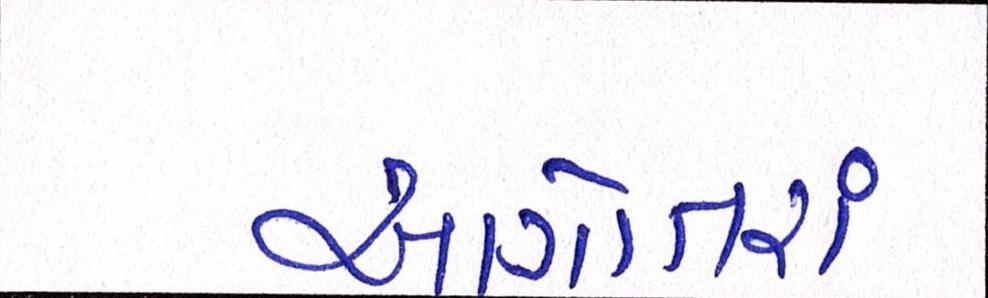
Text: આગોતરાં